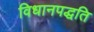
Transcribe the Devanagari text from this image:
विधानपद्धति